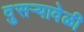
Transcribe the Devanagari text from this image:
दुसर्‍यावेळी